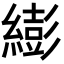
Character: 𦅈